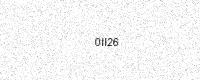
Text: 0II26